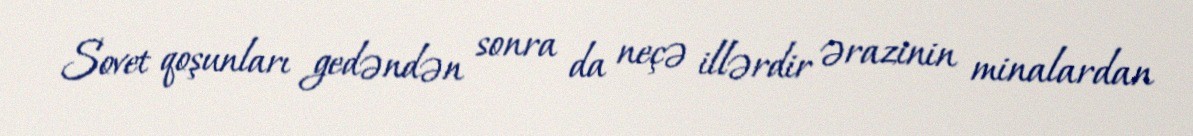
Sovet qoşunları gedəndən sonra da neçə illərdir ərazinin minalardan